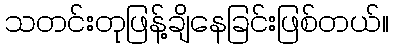
သတင်းတုဖြန့်ချိနေခြင်းဖြစ်တယ်။